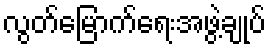
လွတ်မြောက်ရေးအဖွဲ့ချုပ်